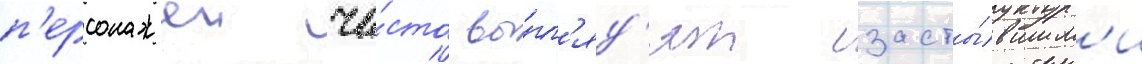
п'ерсонажеи ча́сто вы́гл'яд'ят засты́вшим'и